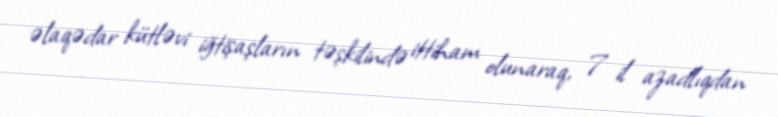
əlaqədar kütləvi iğtişaşların təşkilində ittiham olunaraq, 7 il azadlıqdan